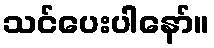
သင်ပေးပါနော်။